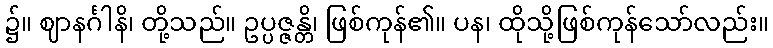
၌။ ဈာနင်္ဂါနိ၊ တို့သည်။ ဥပ္ပဇ္ဇန္တိ၊ ဖြစ်ကုန်၏။ ပန၊ ထိုသို့ဖြစ်ကုန်သော်လည်း။